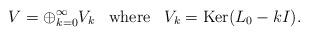
LaTeX: \begin{align*}V= \oplus_{k=0}^\infty V_k\;\;\; \textrm{where}\;\;\;V_k = {\rm Ker}(L_0- kI).\end{align*}